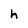
Character: h